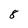
Character: 8